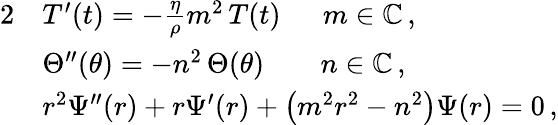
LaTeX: \begin{array}{rl}{{2}}&{T^{\prime}(t)=-\frac{\eta}{\rho}m^{2}\, T(t)\quad\, \, \, m\in\mathbb{C}\, ,}\\ &{\Theta^{\prime\prime}(\theta)=-n^{2}\, \Theta(\theta)\qquad n\in\mathbb{C}\, ,}\\ &{r^{2}\Psi^{\prime\prime}(r)+r\Psi^{\prime}(r)+\left(m^{2}r^{2}-n^{2}\right)\Psi(r)=0\, ,}\end{array}